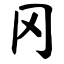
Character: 冈